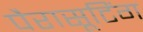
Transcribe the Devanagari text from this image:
पैरासूटिंग